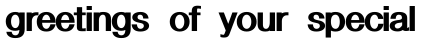
greetings of your special